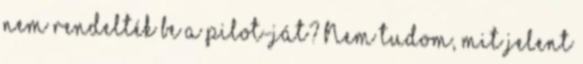
nem rendelték be a pilot-ját? Nem tudom, mit jelent